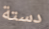
دستة